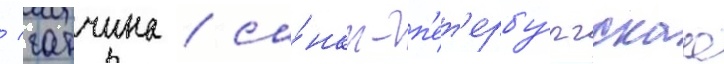
/ гатчина / са́нкт-п'ет'ербу́ргскаа